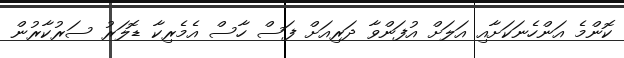
ކޮންމެ އަންހެނަކަށާއި އަލަށް އުފަންވާ ދަރިއަށް ފަސް ހާސް އެމެރިކާ ޑޮލަރު ސަރުކާރުން